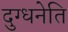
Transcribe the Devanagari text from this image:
दुग्धनेति